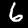
Label: 6